Vaccination report Assam 1896-1927 - 1896-1927
Year: 1896
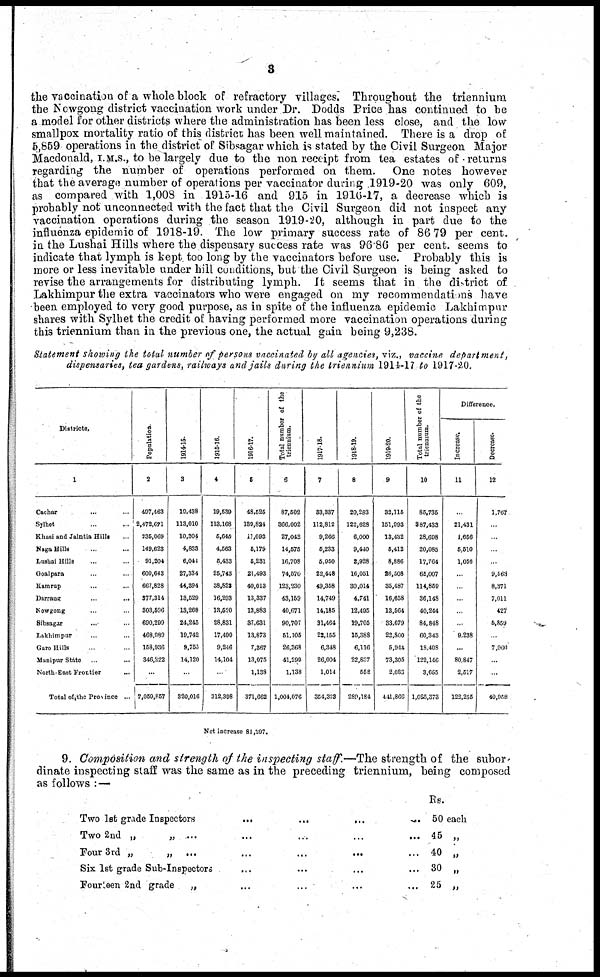
3
the vaccination of a whole block of refractory villages. Throughout the triennium
the Newgong district vaccination work under Dr. Dodds Price has continued to be
a model for other districts where the administration has been less close, and the low-
smallpox mortality ratio of this district has been well maintained. There is a drop of
5,859 operations in the district of Sibsagar which is stated by the Civil Surgeon Major
Macdonald, I.M.S., to be largely due to the non receipt from tea estates of returns
regarding the number of operations performed on them. One notes however
that the average number of operations per vaccinator during 1919-20 was only 609,
as compared with 1,008 in 1915-16 and 915 in 1916-17, a decrease which is
probably not unconnected with the fact that the Civil Surgeon did not inspect any
vaccination operations during the season 1919-20, although in part due to the
influenza epidemic of 1918-19. The low primary success rate of 86.79 per cent.
in the Lushai Hills where the dispensary success rate was 96.86 per cent. seems to
indicate that lymph is kept too long by the vaccinators before use. Probably this is
more or less inevitable under hill conditions, but the Civil Surgeon is being asked to
revise the arrangements for distributing lymph. It seems that in the district of
Lakhimpur the extra vaccinators who were engaged on my recommendations have
been employed to very good purpose, as in spite of the influenza epidemic Lakhimpur
shares with Sylhet the credit of having performed more vaccination operations during
this triennium than in the previous one, the actual gain being 9,238.
Statement showing the total number of persons vaccinated by all agencies, viz., vaccine
department
dispensaries, tea gardens, railways and jails during the triennium 1914-17 to 1917-20.
Districts.
1
Cachar ... ...
Sylhet ... ...
Khasi and Jaintia Hills ...
Naga Hills ... ...
Lushai Hills ... ...
Goalpara ... ...
Kamrup ... ...
Darreng
...
...
Nowgong ... ...
Sibsagar
...
...
Lakhimpur ... ...
Garo Hills ... ...
Manipur State ... ...
North-East Frontier ...
Total of the Province ...
Population
2
407,463
2,472,671
235,069
149,623
91,204
600,643
667,828
377,314
303,596
690,299
468,989
158,936
346,222
...
7,059,857
1914-15.
3
19,438
113,010
10,304
4,833
6,044
27,334
44,394
13,529
13,268
24,245
19,742
9,753
14,120
...
320,016
1915-16.
4
19,539
113,168
6,646
4,563
5,433
26,743
38,823
16,293
13,520
28,831
17,490
9,246
14,104
...
312,398
1916-17.
5
48,525
139,824
11,093
6,179
5,231
21,493
40,013
13,337
13,883
37,631
13,873
7,367
13,075
1,138
371,662
Total number of the
triennium.
6
87,502
366,002
27,042
14,575
16,708
74,670
123,230
43,159
40,671
90,707
61,105
26,368
41,299
1,138
1,004,076
1917-18.
7
33,337
112,812
9,266
5,233
5,950
22,448
49,358
14,749
14,185
31,464
22,155
6,348
26,004
1,014
354,323
1918-19.
8
20,283
122,628
6,000
9,440
2,928
16,051
30,014
4,741
12,495
19,705
15,388
6,116
22,837
558
289,184
1919-20.
9
32,115
151,993
13,432
5,412
8,886
26,508
35,487
16,658
13,564
33,679
22,800
6,944
73,305
2,080
441,866
Total number of the
triennium.
10
85,735
387,433
28,698
20,085
17,764
65,007
114,859
36,148
40,244
84,848
60,343
18,408
122,146
3,655
1,085,373
Difference.
Increase.
11
...
21,431
1,656
5,510
1,056
...
...
...
...
...
9,238
...
80,847
2,517
122,255
Decrease.
12
1,767
...
...
...
...
9,563
8,371
7,011
427
5,859
...
7,966
...
...
40,958
Net increase 81,297.
9. Composition and strength of the inspecting staff .—The strength of the subor-
dinate inspecting staff was the same as in the preceding triennium, being composed
as follows : —
Two 1st grade Inspectors
...
...
...
...
Two 2nd „
„ ... ... ... ... ...
Four 3rd „
„
...
...
...
...
...
Six 1st grade Sub-Inspectors ... ... ... ...
Fourteen 2nd grade „ ... ... ... ...
Rs.
50 each
45 „
40 „
30 „
25 „